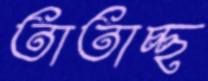
তাতাচ্ছ